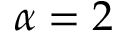
\alpha = 2